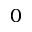
0